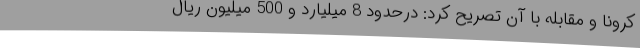
کرونا و مقابله با آن تصریح کرد: درحدود 8 میلیارد و 500 میلیون ریال